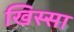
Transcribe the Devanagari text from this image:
खिस्‍सा